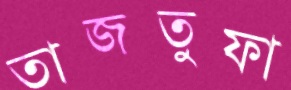
তাজতুফা